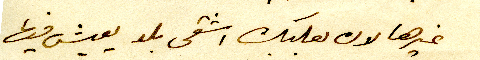
غيرها لان بعلبك اشقى بلد يعيش فيها